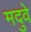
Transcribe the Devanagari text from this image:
मदुवे